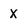
Character: x